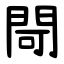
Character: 閜